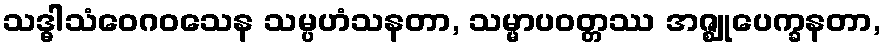
သဒ္ဓါသံဝေဂဝသေန သမ္ပဟံသနတာ, သမ္မာပဝတ္တဿ အဇ္ဈုပေက္ခနတာ,